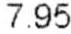
7.95